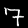
Digit: 7